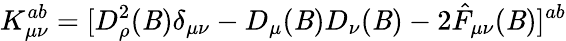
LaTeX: K_{\mu\nu}^{ab}=[D_{\rho}^{2}(\mathit{B})\delta_{\mu\nu}-D_{\mu}(\mathit{B})D_{\nu}(\mathit{B})-2\hat{{F}}_{\mu\nu}(\mathit{B})]^{ab}